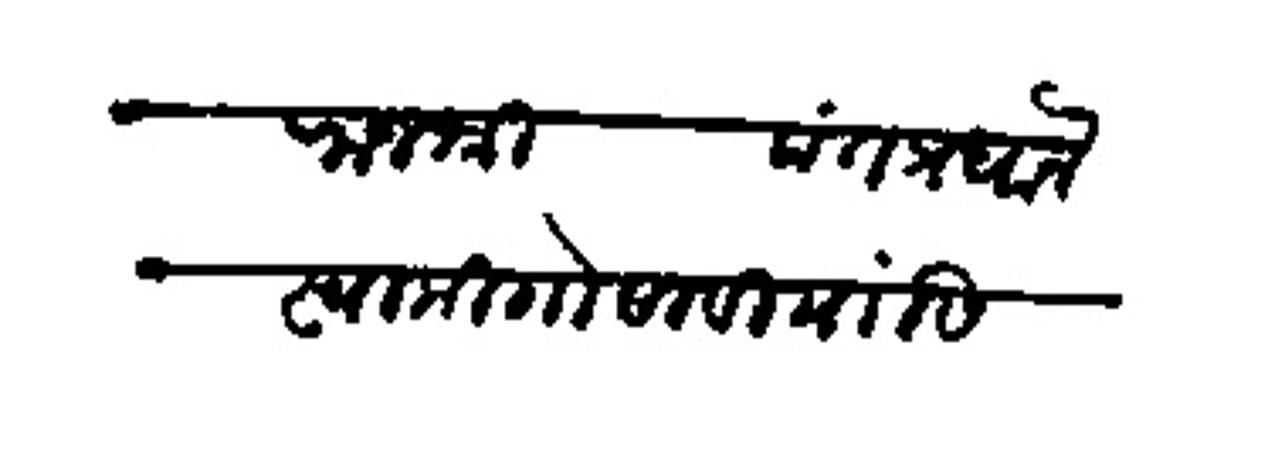
Transliteration (Devanagari): राजश्री पंत प्रधान स्वामी गोसावी यांसी